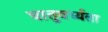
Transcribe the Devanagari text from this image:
घातुवर्ध्यता